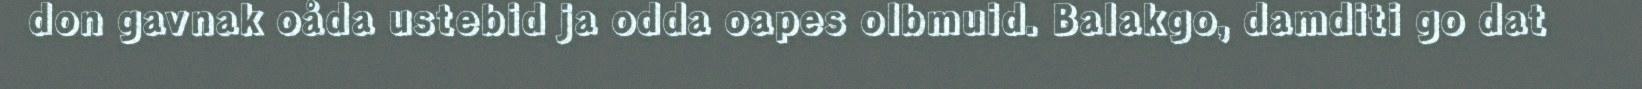
don gavnak oåda ustebid ja odda oapes olbmuid. Balakgo, damditi go dat